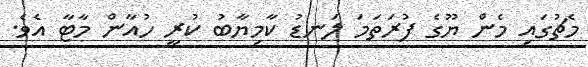
މެޗުގައި މެން ޔޫގެ ފުރަތަމަ ލަނޑު ކާމިޔާބު ކުރީ ހުއާން މާޓާ އެވެ.